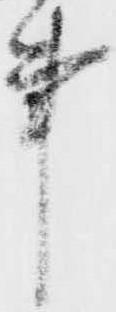
事